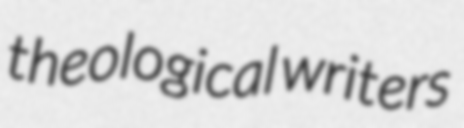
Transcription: theological writers